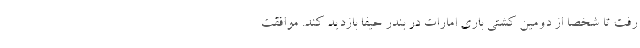
رفت تا شخصا از دومین کشتی باری امارات در بندر حیفا بازدید کند. موافقت